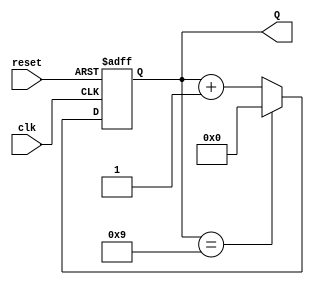
module decade_counter (
    input wire clk,         // Clock input
    input wire reset,       // Asynchronous reset input
    output reg [3:0] Q      // 4-bit output representing the current count state
);

// Always block triggered by the clock and reset
always @(posedge clk or posedge reset) begin
    if (reset) begin
        Q <= 4'b0000; // Reset the counter to 0
    end else begin
        if (Q == 4'b1001) begin
            Q <= 4'b0000; // Reset to 0 when reaching 9
        end else begin
            Q <= Q + 1; // Increment the counter
        end
    end
end

endmodule